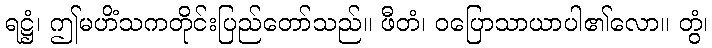
ရဋ္ဌံ၊ ဤမဟိံသကတိုင်းပြည်တော်သည်။ ဖီတံ၊ ဝပြောသာယာပါ၏လော။ တွံ၊